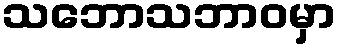
သဘောသဘာဝမှာ